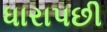
ધારાપછી